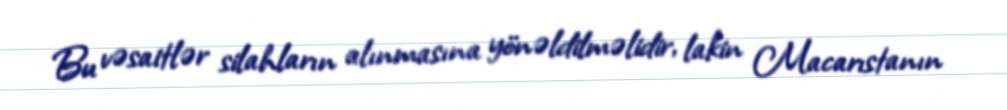
Bu vəsaitlər silahların alınmasına yönəldilməlidir, lakin Macarıstanın